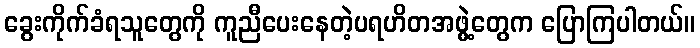
ခွေးကိုက်ခံရသူတွေကို ကူညီပေးနေတဲ့ပရဟိတအဖွဲ့တွေက ပြောကြပါတယ်။